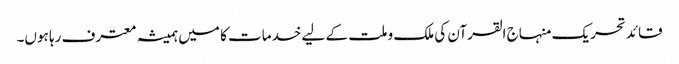
قائد تحریک منہاج القرآن کی ملک و ملت کے لیے خدمات کا میں ہمیشہ معترف رہا ہوں۔